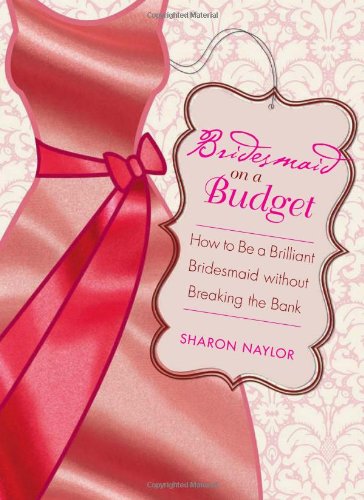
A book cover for Bridesmaid on a Budget: How to Be a Brilliant Bridesmaid without Breaking the Bank; Sharon Naylor; Crafts, Hobbies & Home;